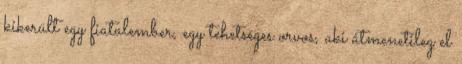
kikerült egy fiatalember, egy tehetséges orvos, aki átmenetileg el